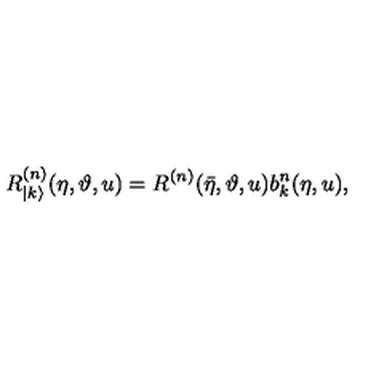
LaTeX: R _ { | k \rangle } ^ { ( n ) } ( \eta , \vartheta , u ) = R ^ { ( n ) } ( \bar { \eta } , \vartheta , u ) b _ { k } ^ { n } ( \eta , u ) ,